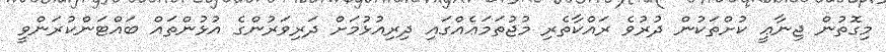
މިގޮތުން ޖިނާޢީ ކުށްތަކުން ދުރުވެ ރައްކާތެރި މުޖުތަމަޢެއްގައި ދިރިއުޅުމަށް ދަރިވަރުންގެ އުޅުންތައް ބައްޓަންކުރަންވީ